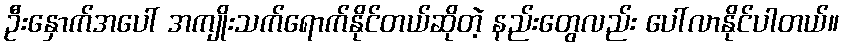
ဦးနှောက်အပေါ် အကျိုးသက်ရောက်နိုင်တယ်ဆိုတဲ့ နည်းတွေလည်း ပေါ်လာနိုင်ပါတယ်။